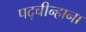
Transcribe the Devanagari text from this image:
पद्चीन्हाना